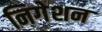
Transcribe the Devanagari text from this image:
निगेशन